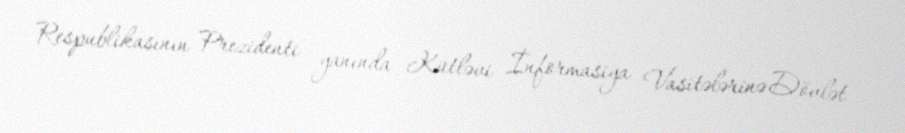
Respublikasının Prezidenti yanında Kütləvi İnformasiya Vasitələrinə Dövlət